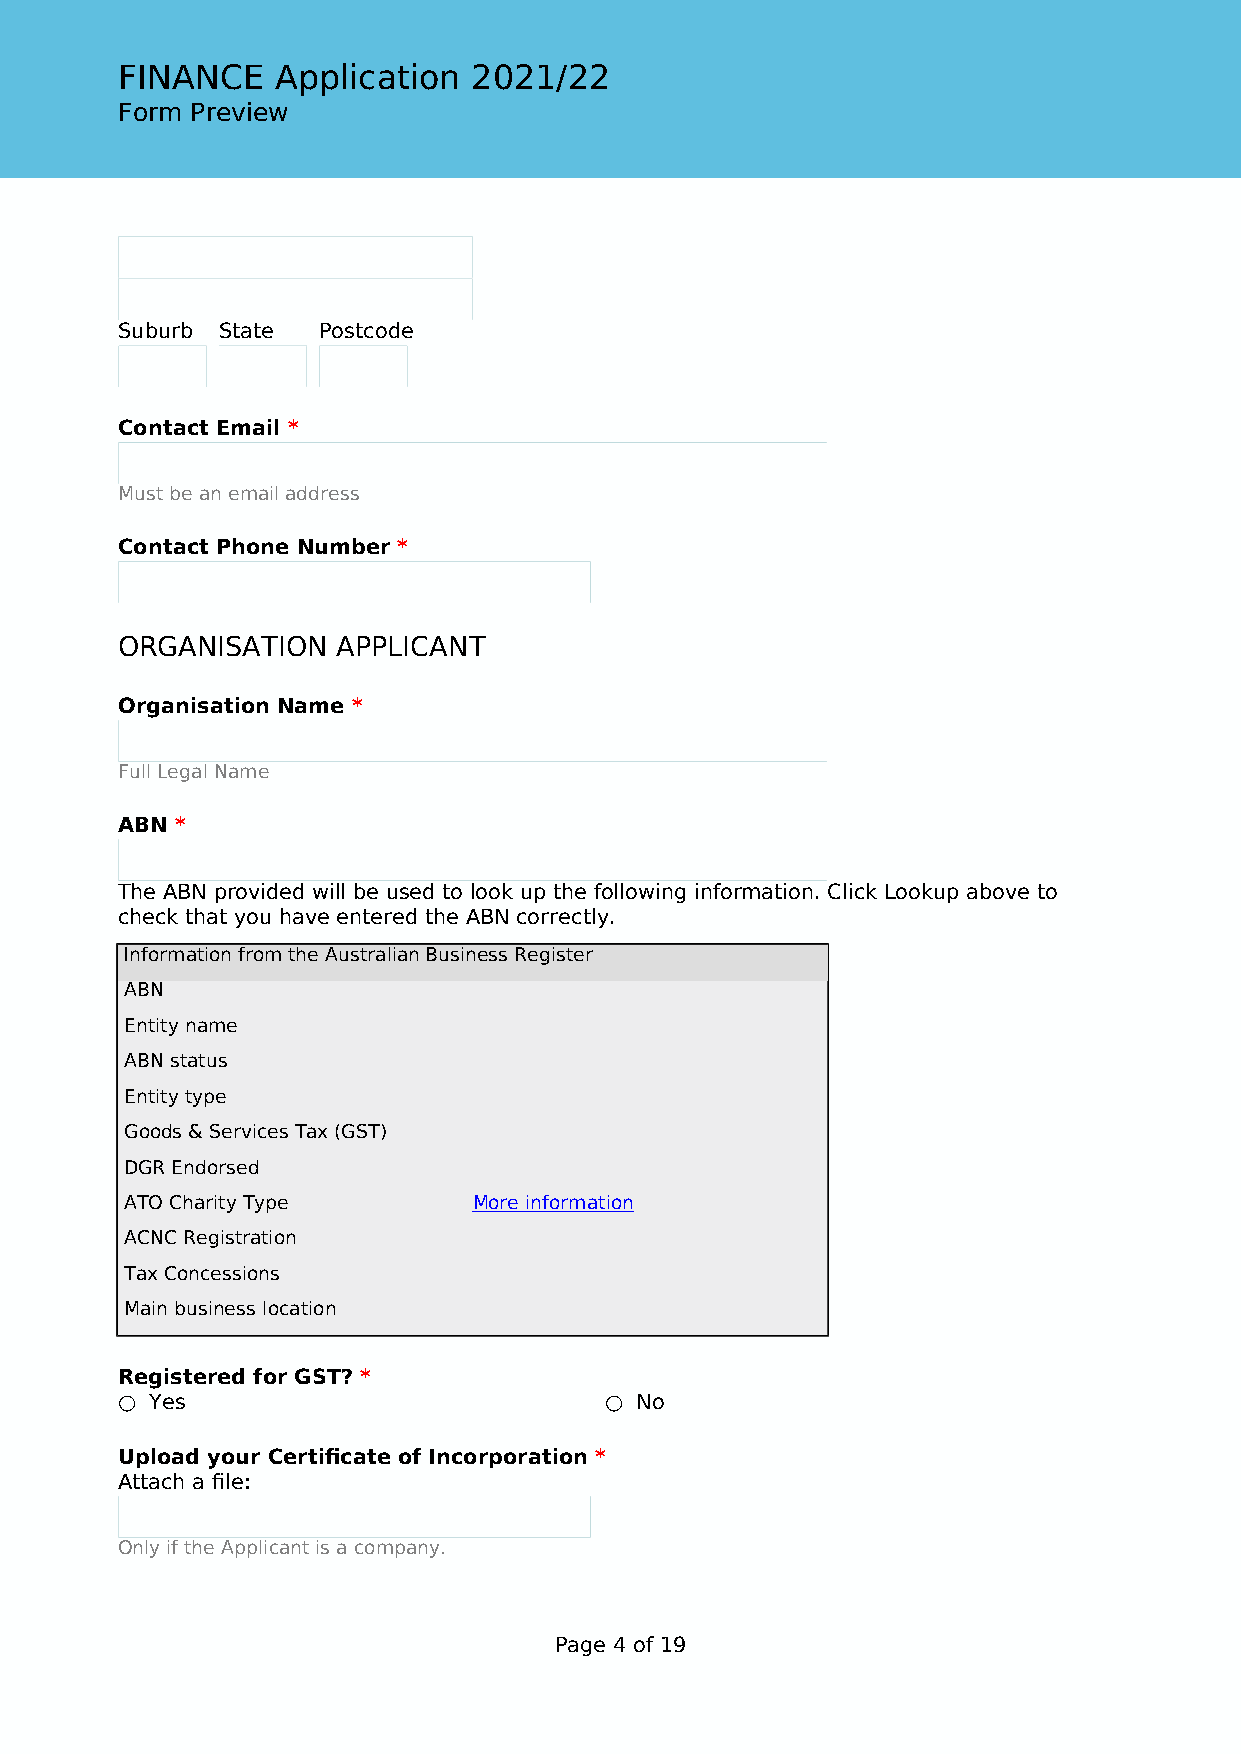
FINANCE   Application  2021/22
 Form Preview
 Suburb State Postcode
 Contact Email *
 Must be an email address
 Contact Phone Number *
 ORGANISATION  APPLICANT
 Organisation Name *
 Full Legal Name
 ABN *
 The ABN provided will be used to look up the following information. Click Lookup above to
 check that you have entered the ABN correctly.
 Information from the Australian Business Register
 ABN
 Entity name
 ABN status
 Entity type
 Goods & Services Tax (GST)
 DGR Endorsed
 ATO Charity Type       More information
 ACNC Registration
 Tax Concessions
 Main business location
 Registered for GST? *
 ○ Yes                           ○ No
 Upload your Certificate of Incorporation *
 Attach a file:
 Only if the Applicant is a company.
 Page 4 of 19